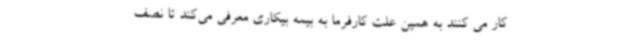
کار می کنند به همین علت کارفرما به بیمه بیکاری معرفی می‌کند تا نصف